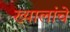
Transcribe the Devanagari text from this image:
ख्यालांचे